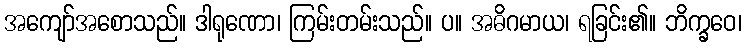
အကျော်အစောသည်။ ဒါရုဏော၊ ကြမ်းတမ်းသည်။ ပ။ အဓိဂမာယ၊ ရခြင်း၏။ ဘိက္ခဝေ၊